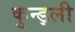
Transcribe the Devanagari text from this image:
कुन्ड्ली